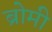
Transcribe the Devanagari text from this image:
ब्रोमी